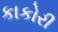
કાકોરી